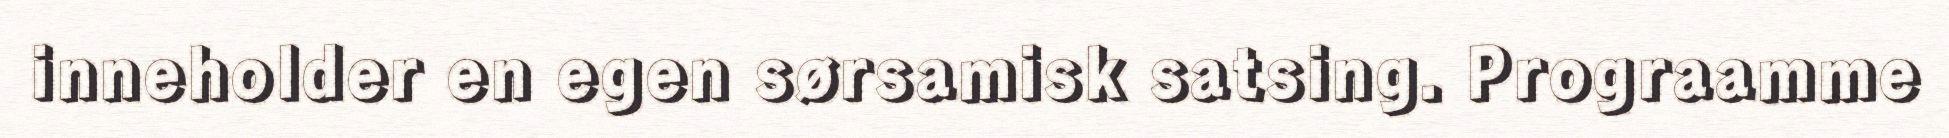
inneholder en egen sørsamisk satsing. Prograamme